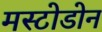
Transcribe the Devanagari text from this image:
मस्टोडोन